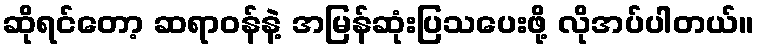
ဆိုရင်တော့ ဆရာဝန်နဲ့ အမြန်ဆုံးပြသပေးဖို့ လိုအပ်ပါတယ်။